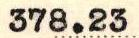
378.23